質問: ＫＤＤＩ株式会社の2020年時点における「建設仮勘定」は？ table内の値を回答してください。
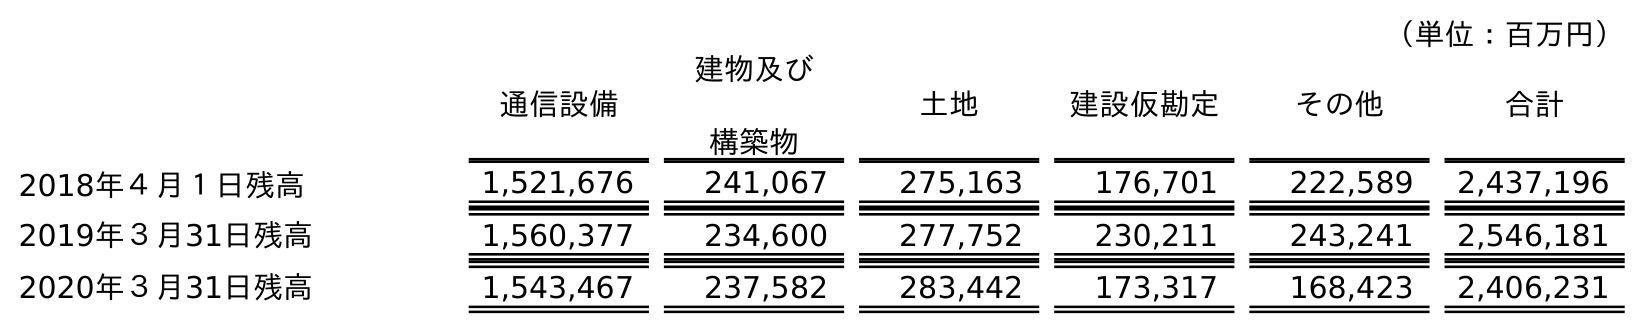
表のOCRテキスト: （単位：百万円） 通信設備 建物及び 構築物 土地 建設仮勘定 その他 合計 2018年４月１日残高 1,521,676 241,067 275,163 176,701 222,589 2,437,196 2019年３月31日残高 1,560,377 234,600 277,752 230,211 243,241 2,546,181 2020年３月31日残高 1,543,467 237,582 283,442 173,317 168,423 2,406,231
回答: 173,317